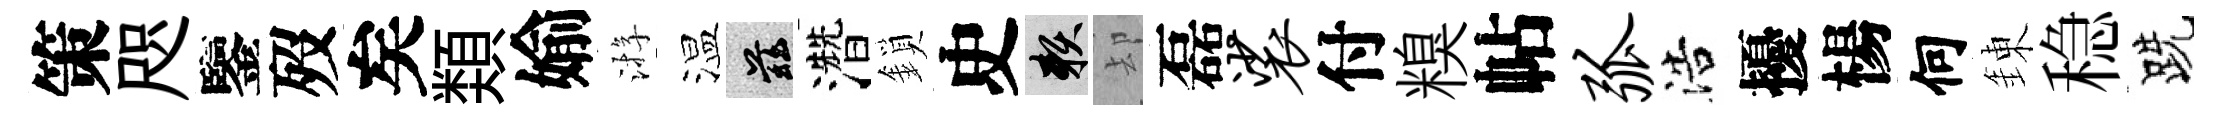
策咫鑒歿矣𩔖媮㳺温兹濳鎖史賴却磊裟付糗帖弧浩擾楊何錬稳跣